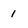
Character: 1